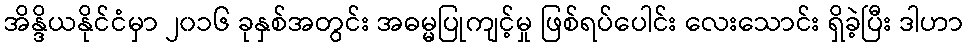
အိန္ဒိယနိုင်ငံမှာ ၂၀၁၆ ခုနှစ်အတွင်း အဓမ္မပြုကျင့်မှု ဖြစ်ရပ်ပေါင်း လေးသောင်း ရှိခဲ့ပြီး ဒါဟာ